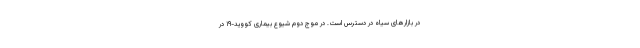
در بازارهای سیاه در دسترس است. در موج دوم شیوع بیماری کووید-۱۹ در